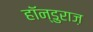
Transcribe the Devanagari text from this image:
हॉन्डुराज़